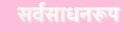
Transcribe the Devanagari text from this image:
सर्वसाधनरूप